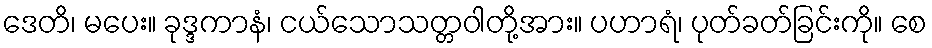
ဒေတိ၊ မပေး။ ခုဒ္ဒကာနံ၊ ငယ်သောသတ္တဝါတို့အား။ ပဟာရံ၊ ပုတ်ခတ်ခြင်းကို။ စေ